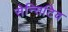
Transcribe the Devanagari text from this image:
सेन्सिटिव